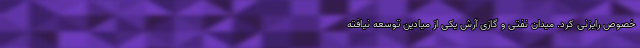
خصوص رایزنی کرد. میدان نفتی و گازی آرش یکی از میادین توسعه نیافته